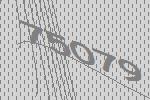
75079